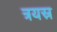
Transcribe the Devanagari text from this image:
त्रयस्र